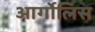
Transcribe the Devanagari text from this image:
आर्गोलिस